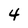
Character: 4